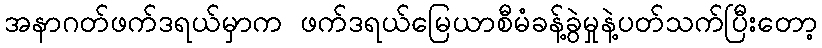
အနာဂတ်ဖက်ဒရယ်မှာက ဖက်ဒရယ်မြေယာစီမံခန့်ခွဲမှုနဲ့ပတ်သက်ပြီးတော့